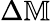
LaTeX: \Delta\mathbb{M}